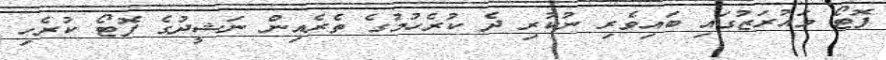
ފޮޓޯ މަައުރަޒުގައި ބައިވެރި ނުކުރި ދެ ކުރެހުމުގެ ތެރެއިން ނަޝީދުގެ ފޮޓޯ ކުރެހި